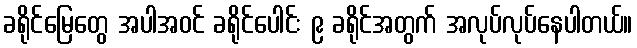
ခရိုင်မြေတွေ အပါအဝင် ခရိုင်ပေါင်း ၉ ခရိုင်အတွက် အလုပ်လုပ်နေပါတယ်။